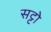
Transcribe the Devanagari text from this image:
सट्टो